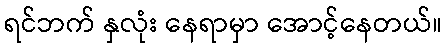
ရင်ဘက် နှလုံး နေရာမှာ အောင့်နေတယ်။